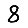
Digit: 8